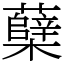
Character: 蘖